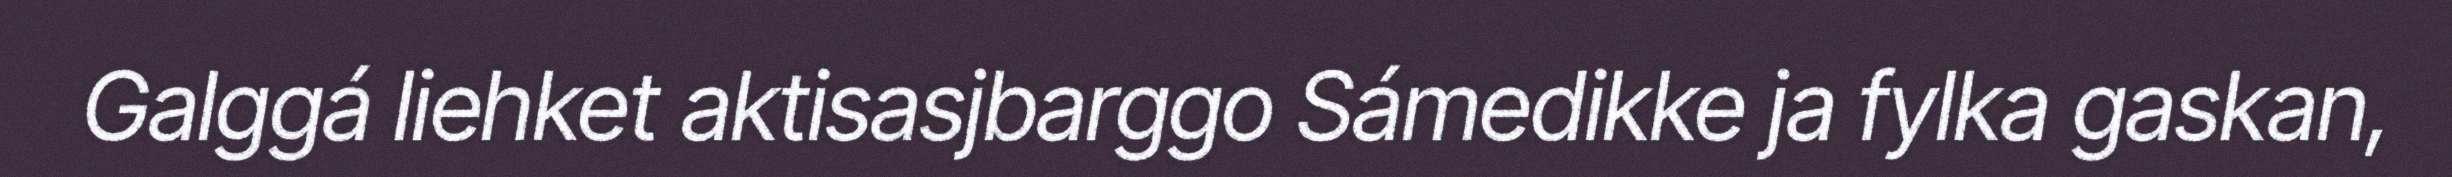
Galggá liehket aktisasjbarggo Sámedikke ja fylka gaskan,